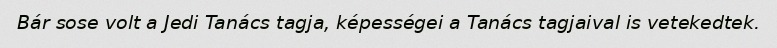
Bár sose volt a Jedi Tanács tagja, képességei a Tanács tagjaival is vetekedtek.